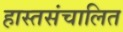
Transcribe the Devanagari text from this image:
हास्तसंचालित